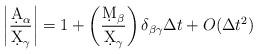
LaTeX: \begin{align*} \left| \frac{\d A_{\alpha}}{\d X_{\gamma} } \right| = 1 +\left( \frac{ \d M_{\beta }}{\d X_{\gamma}}\right) \delta_{\beta \gamma} \Delta t + O(\Delta t^2) \end{align*}